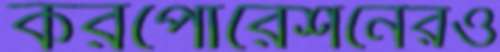
করপোরেশনেরও